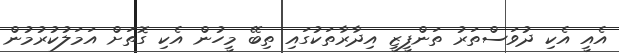
އެއީ އެކި ދުވަސްތަރު ތަންފީޒީ އިދާރާތަކުގައި ތިބޭ މީހުން އެކި ގޮތަށް އަމަލުކުރުމުން